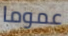
عموما